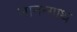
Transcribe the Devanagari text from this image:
मानन्गाथ